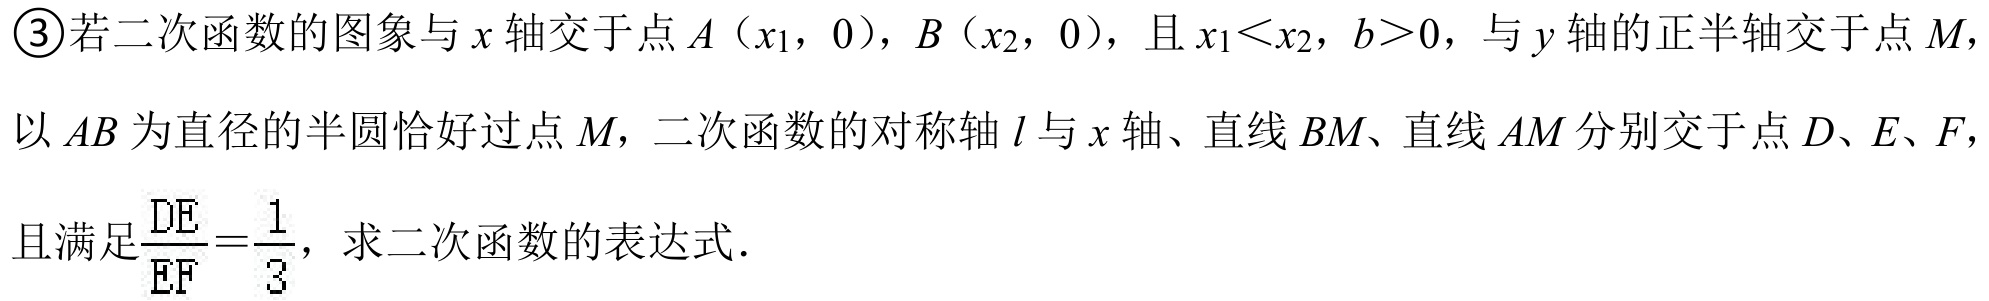
\textcircled{3}若二次函数的图象与\(x\)轴交于点\(A\left(x_{1},0\right)\)，\(B\left(x_{2},0\right)\)，且\(x_{1}<x_{2}\)，\(b > 0\)，与\(y\)轴的正半轴交于点\(M\)，以\(AB\)为直径的半圆恰好过点\(M\)，二次函数的对称轴\(l\)与\(x\)轴、直线\(BM\)、直线\(AM\)分别交于点\(D\)、\(E\)、\(F\)，且满足\(\frac{DE}{EF}=\frac{1}{3}\)，求二次函数的表达式．